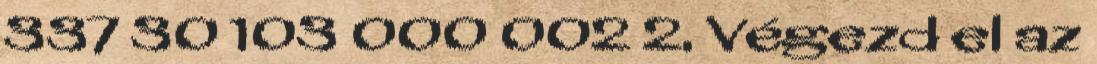
337 30 103 000 002 2. Végezd el az